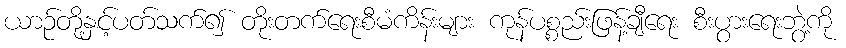
ယာဉ်တို့နှင့်ပတ်သက်၍ တိုးတက်ရေးစီမံကိန်းများ ကုန်ပစ္စည်းဖြန့်ချီရေး စီးပွားရေးဘွဲ့ကို